Insane asylums in Bengal annual reports 1867-1875 - 1867-1875
Year: 1867
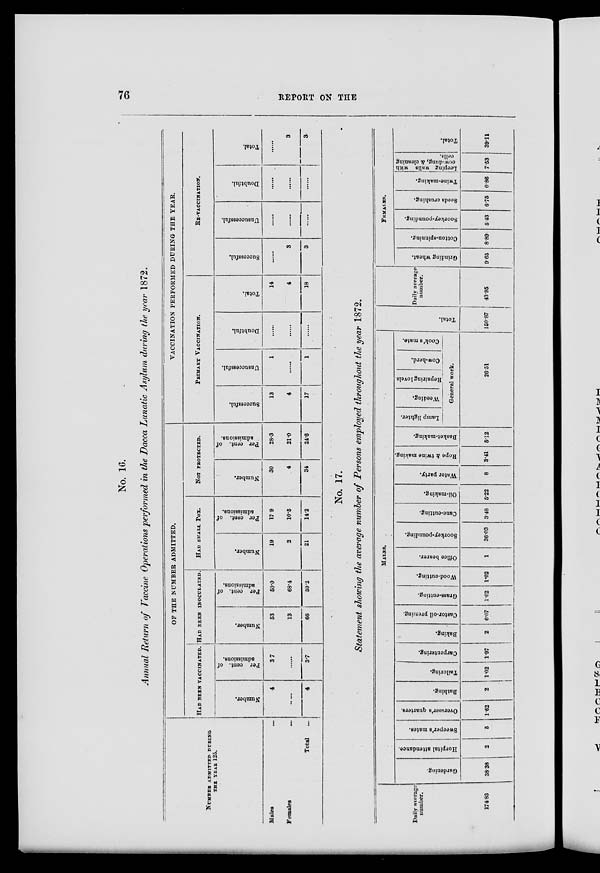
76
REPORT ON THE
No. 16.
Annual Return of Vaccine Operations performed in the Dacca Lunatic Asylum during the year 1872.
NUMBER ADMITTED DURING
THE YEAR 125.
Males ...
Females
...
Total ...
OF THE NUMBER ADMITTED.
HAD BEEN VACCINATED.
Number.
4
4
Per cent. of
admissions.
37
3.7
HAD BEEN INOCULATED.
Number.
53
13
66
Per cent. of
admissions.
50.0
68.4
59.2
HAD SMALL POX.
Number.
19
2
21
Per cent. of
admissions.
17.9
10.5
14.2
NOT PROTECTED.
Number.
30
4
34
Per cent. of
admissions.
28.3
21.0
24.6
VACCINATION PERFORMED DURING THE YEAR.
PRIMARY VACCINATION.
Successful.
13
4
17
Unsuccessful.
1
......
1
Doubtful.
......
......
......
Total.
14
4
18
RE-VACCINATION.
Successful.
......
3
3
Unsuccessful.
......
......
......
Doubtful.
......
......
......
Total.
......
3
3
No. 17.
Statement showing the average number of Persons employed throughout the year 1872.
Daily average
number.
174.83
MALES.
Gardening.
38.38
Hospital attendance.
2
Sweeper's mates.
5
Overseer's quarters.
1.62
Bathing.
2
Tailoring.
1.02
Carpentering.
1.97
Baking.
2
Castor-oil pressing.
6.07
Grass-cutting.
1.02
Wood-cutting.
1.02
Office bearer.
1
Soorkey-pounding.
36.03
Cane-cutting.
3.48
Oil-making.
5.22
Water party.
8
Rope & twine making.
3.41
Basket-making.
5.12
Lamp lighter.
Weeding.
Repairing lovels.
Cow-herd.
Cook's mate.
General work.
26.51
Total.
150.87
Daily average
number.
43.95
FEMALES.
Grinding wheat.
9.65
Cotton-spinning.
8.89
Soorkey-pounding.
5.43
Seeds crushing.
6.75
Twine-making.
0.86
Leeping walls with
cow-dung, & cleaning
cells.
7.53
Total.
39.11